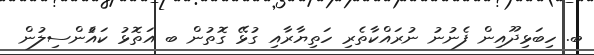
ބ. ހިބަޅިދޫއިން ފެނުނު ނުރައްކާތެރި ހަތިޔާރާއި ގުޅޭ ގޮތުން ބ އަތޮޅު ކައެުންސިލުން